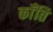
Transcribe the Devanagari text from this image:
कॉँति